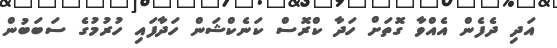
އަދި ދެފެން އެއްވާ ގޮތަށް ހަދާ ކްރޮސް ކަނެކްޝަން ހަދާފައި ހުރުމުގެ ސަބަބުން